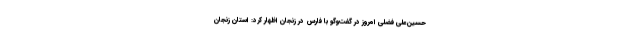
حسین‌علی فضلی امروز در گفت‌وگو با فارس در زنجان اظهار کرد: استان زنجان